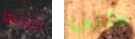
أخذتها فأنني